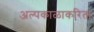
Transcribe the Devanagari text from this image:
अल्पकाळाकरिता